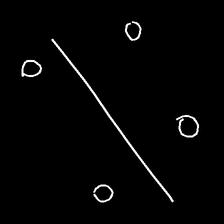
Glyph: cool